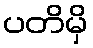
ပတိမှိ